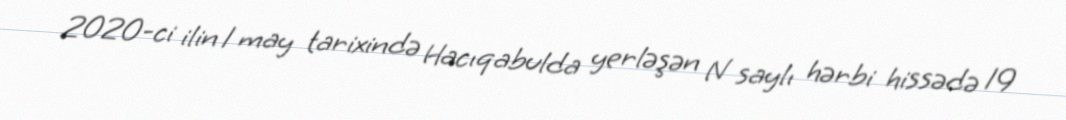
2020-ci ilin 1 may tarixində Hacıqabulda yerləşən N saylı hərbi hissədə 19